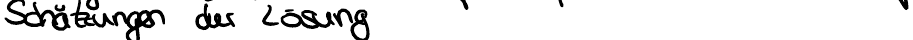
Schätzung der Lösung